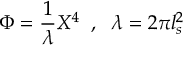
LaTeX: \Phi = \frac { 1 } { \lambda } X ^ { 4 } \; \; , \; \; \lambda = 2 \pi l _ { s } ^ { 2 }